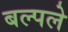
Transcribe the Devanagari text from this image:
बल्पले